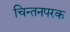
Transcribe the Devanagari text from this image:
चिन्तनपरक